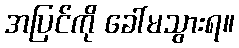
အပြင်ကို ခေါ်မသွားရ။